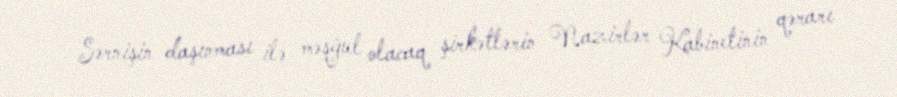
Sərnişin daşınması ilə məşğul olacaq şirkətlərin Nazirlər Kabinetinin qərarı